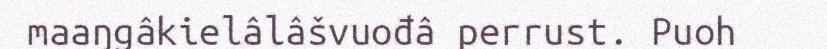
maaŋgâkielâlâšvuođâ perrust. Puoh